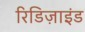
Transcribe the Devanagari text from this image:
रिडिज़ाइंड